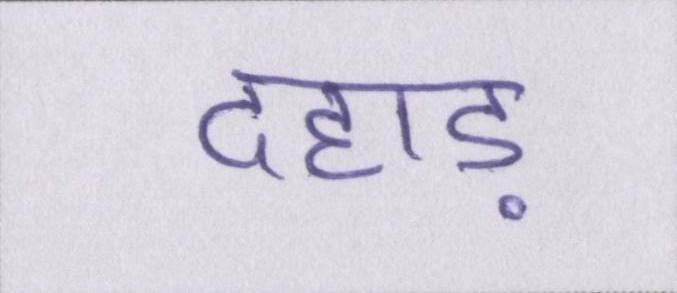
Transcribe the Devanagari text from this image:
दहाड़